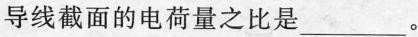
导线截面的电荷量之比是___。